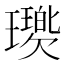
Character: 𤪵